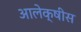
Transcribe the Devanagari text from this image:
आलेक्षीस